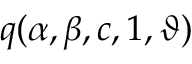
\displaystyle q ( \alpha , \beta , c , 1 , \vartheta )